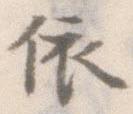
依